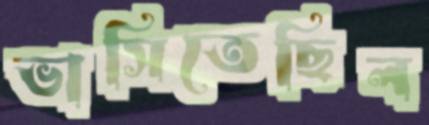
ভাসিতেছিল